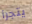
يتجرأ